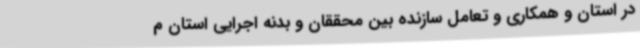
در استان و همکاری و تعامل سازنده بین محققان و بدنه اجرایی استان م